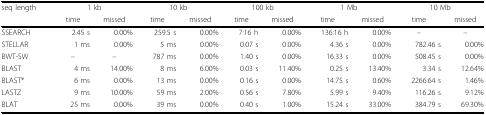
<table><thead><tr><td><b>seq length</b></td><td colspan="2"><b>1 kb</b></td><td colspan="2"><b>10 kb</b></td><td colspan="2"><b>100 kb</b></td><td colspan="2"><b>1 Mb</b></td><td colspan="2"><b>10 Mb</b></td></tr><tr><td></td><td><b>time</b></td><td><b>missed</b></td><td><b>time</b></td><td><b>missed</b></td><td><b>time</b></td><td><b>missed</b></td><td><b>time</b></td><td><b>missed</b></td><td><b>time</b></td><td><b>missed</b></td></tr></thead><tbody><tr><td>SSEARCH</td><td>2.45 s</td><td>0.00%</td><td>259.5 s</td><td>0.00%</td><td>7:16 h</td><td>0.00%</td><td>136:16 h</td><td>0.00%</td><td>–</td><td>–</td></tr><tr><td>STELLAR</td><td>1 ms</td><td>0.00%</td><td>5 ms</td><td>0.00%</td><td>0.07 s</td><td>0.00%</td><td>4.36 s</td><td>0.00%</td><td>782.46 s</td><td>0.00%</td></tr><tr><td>BWT-SW</td><td>–</td><td>–</td><td>787 ms</td><td>0.00%</td><td>1.40 s</td><td>0.00%</td><td>16.33 s</td><td>0.00%</td><td>508.45 s</td><td>0.00%</td></tr><tr><td>BLAST</td><td>4 ms</td><td>14.00%</td><td>8 ms</td><td>6.00%</td><td>0.03 s</td><td>11.40%</td><td>0.25 s</td><td>13.40%</td><td>3.34 s</td><td>12.64%</td></tr><tr><td>BLAST*</td><td>6 ms</td><td>0.00%</td><td>13 ms</td><td>0.00%</td><td>0.16 s</td><td>0.00%</td><td>14.75 s</td><td>0.60%</td><td>2266.64 s</td><td>1.46%</td></tr><tr><td>LASTZ</td><td>9 ms</td><td>10.00%</td><td>59 ms</td><td>2.00%</td><td>0.56 s</td><td>7.80%</td><td>5.99 s</td><td>9.40%</td><td>116.26 s</td><td>9.12%</td></tr><tr><td>BLAT</td><td>25 ms</td><td>0.00%</td><td>39 ms</td><td>0.00%</td><td>0.40 s</td><td>1.00%</td><td>15.24 s</td><td>33.00%</td><td>384.79 s</td><td>69.30%</td></tr></tbody></table>